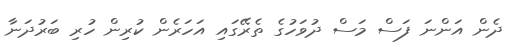
ދެން އަންނަ ފަސް މަސް ދުވަހުގެ ތެރޭގައި އަހަރެން ކުރިން ހުރި ބަރުދަނާ